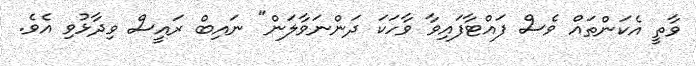
ވާތީ އެކަންތައް ވެސް ފައްޓާފައިވާ ވާހަކަ ދަންނަވާލަން" ނައިބް ރައީސް ވިދާޅުވި އެވެ.